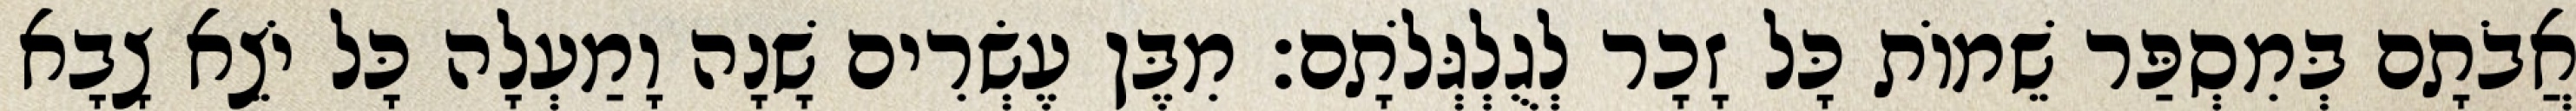
אֲבֹתָם בְּמִסְפַּר שֵׁמוֹת כָּל זָכָר לְגֻלְגְּלֹתָם׃ מִבֶּן עֶשְׂרִים שָׁנָה וָמַעְלָה כָּל יֹצֵא צָבָא